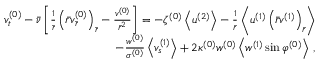
\begin{array} { r } { v _ { t } ^ { ( 0 ) } - \bar { \nu } \left[ \frac { 1 } { \bar { r } } \left( \bar { r } v _ { \bar { r } } ^ { ( 0 ) } \right) _ { \bar { r } } - \frac { v ^ { ( 0 ) } } { \bar { r } ^ { 2 } } \right] = - \zeta ^ { ( 0 ) } \left< u ^ { ( 2 ) } \right> - \frac { 1 } { \bar { r } } \left< u ^ { ( 1 ) } \left( \bar { r } v ^ { ( 1 ) } \right) _ { \bar { r } } \right> } \\ { - \frac { w ^ { ( 0 ) } } { \sigma ^ { ( 0 ) } } \left< v _ { s } ^ { ( 1 ) } \right> + 2 \kappa ^ { ( 0 ) } w ^ { ( 0 ) } \left< w ^ { ( 1 ) } \sin \varphi ^ { ( 0 ) } \right> \, , } \end{array}